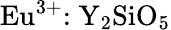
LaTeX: {\mathrm{Eu}}^{3+}{:\mathrm{Y}}_{2}{\mathrm{SiO}}_{5}